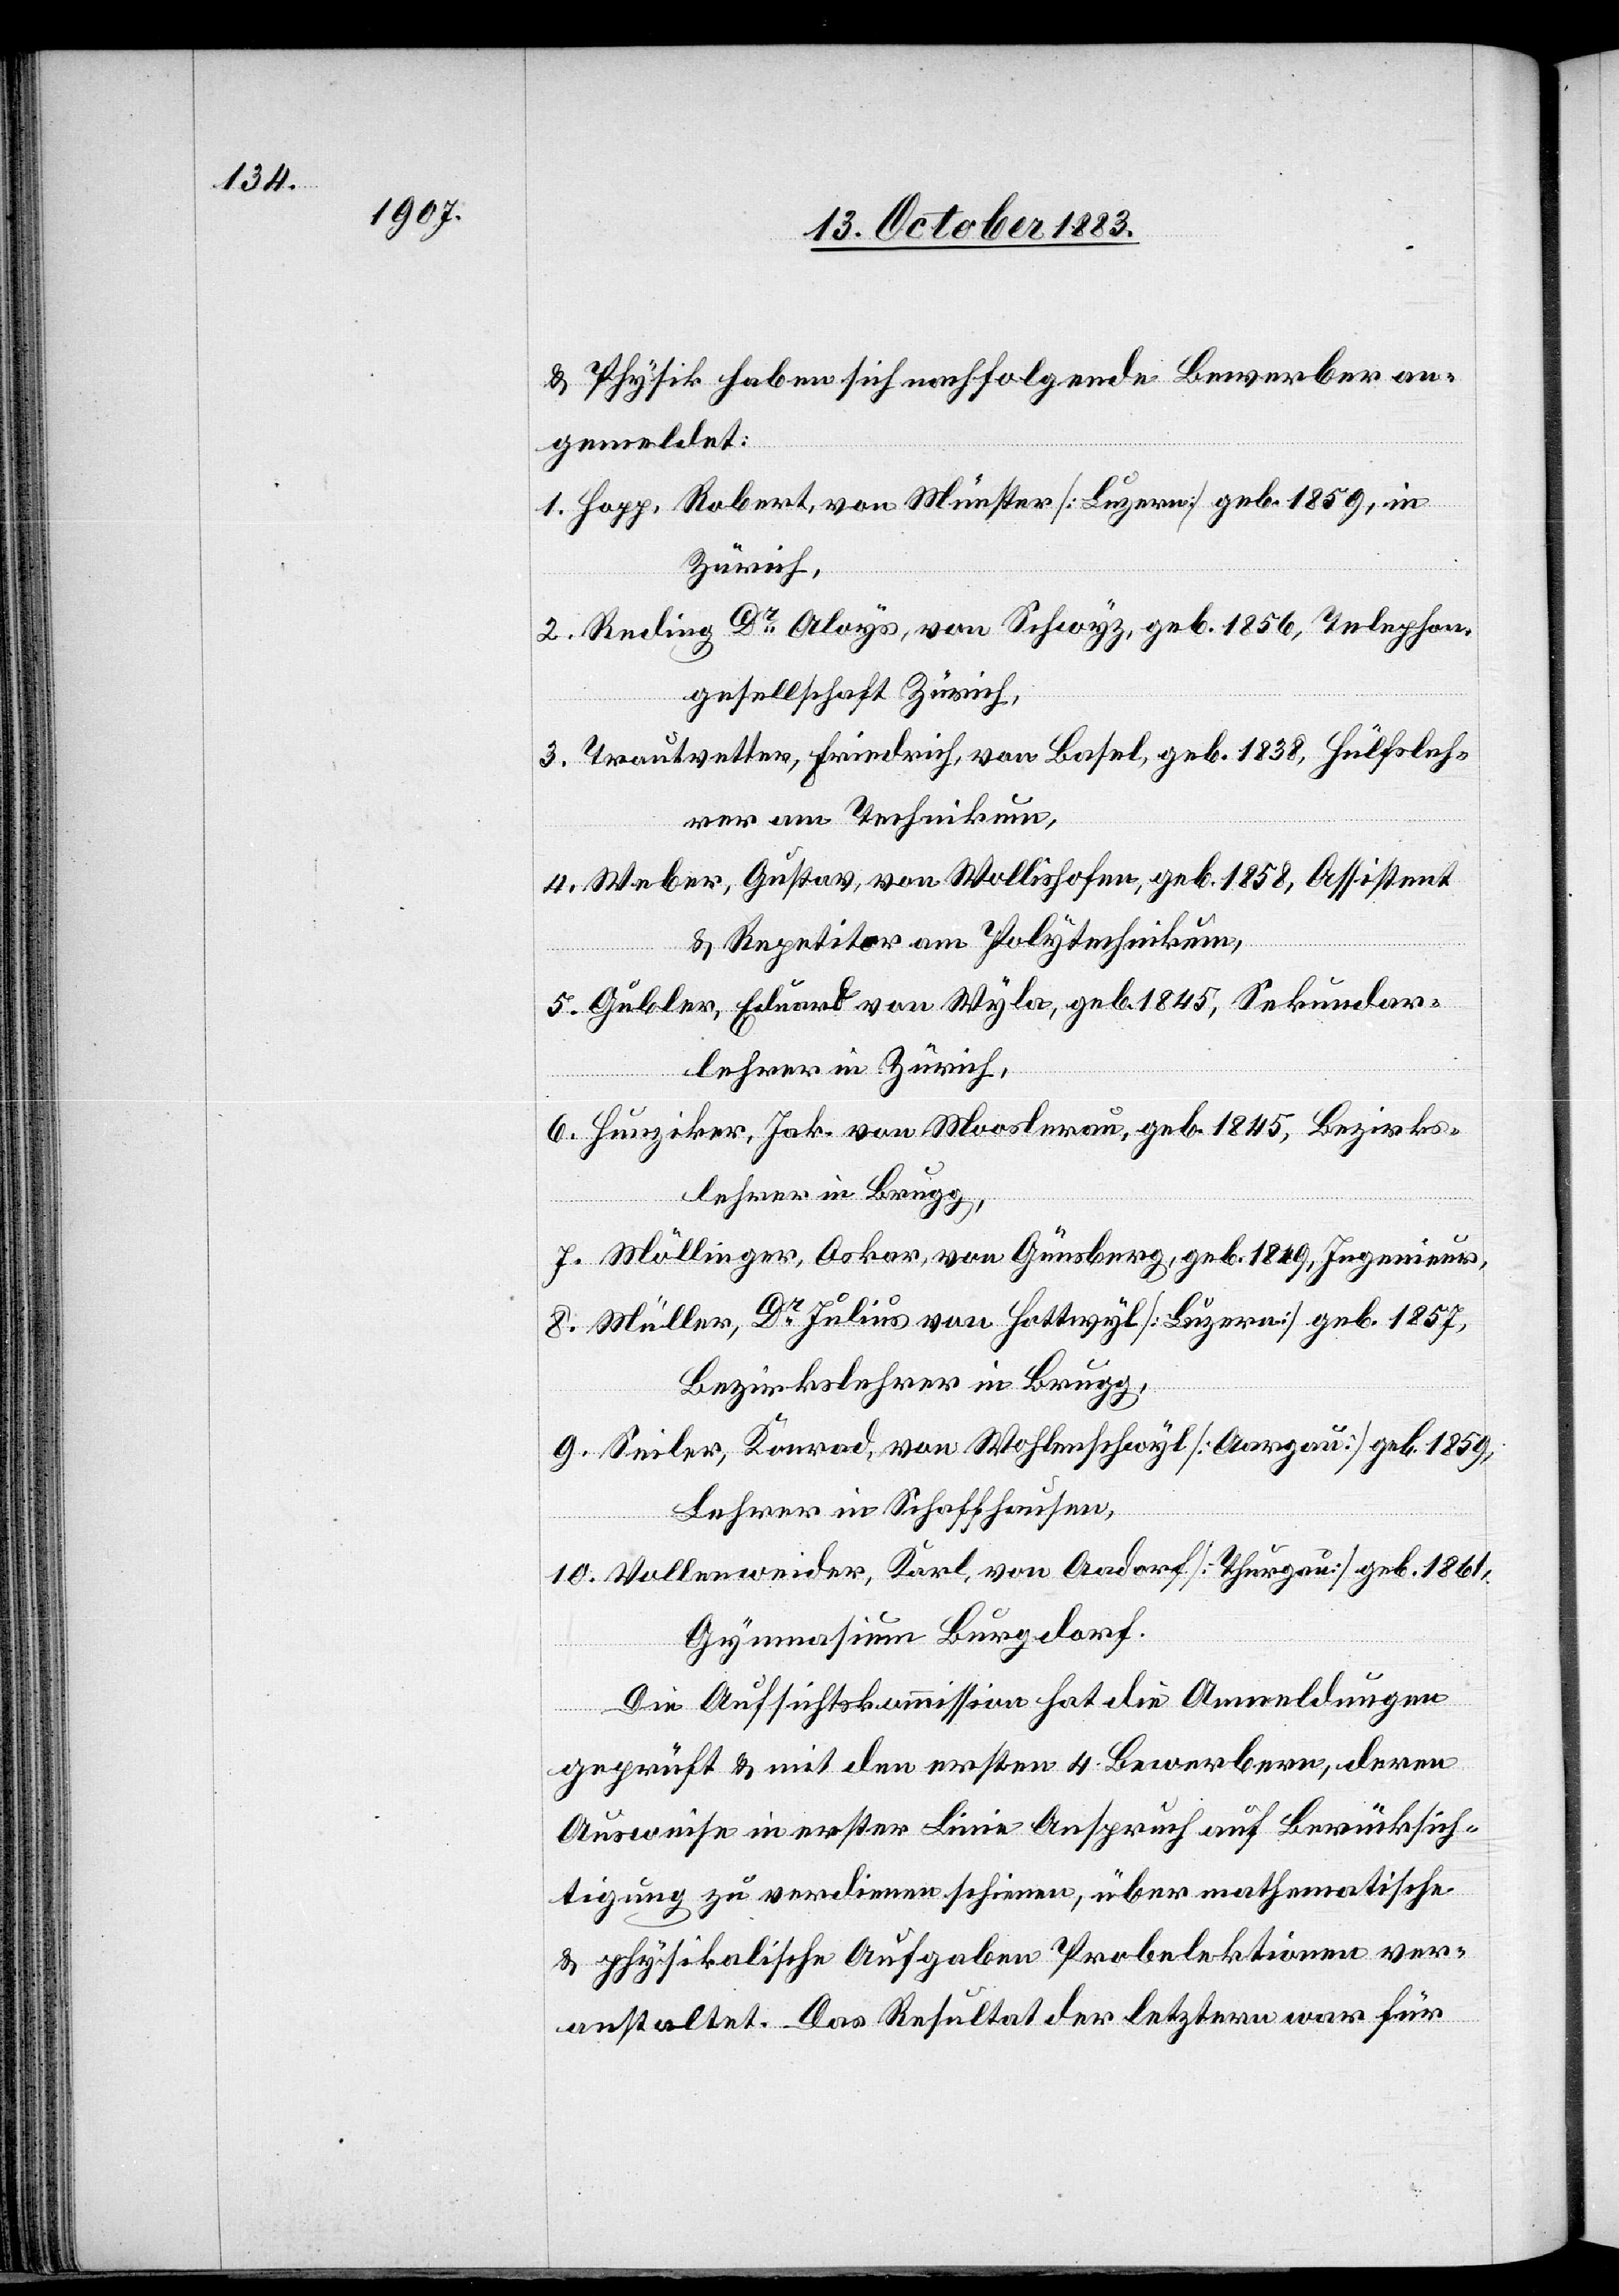
& Physik haben sich nachfolgende Bewerber an¬
gemeldet:
1. Hopp, Robert, von Münster [Luzern] geb. 1859, in
Zürich,
2. Reding Dr Aloys, von Schwyz, geb. 1856, Telephon¬
gesellschaft Zürich,
3. Trautvetter, Friedrich, von Basel, geb. 1838, Hülfsleh¬
rer am Technikum,
4. Weber, Gustav, von Wollishofen, geb. 1858, Assistent
& Repetitor am Polytechnikum,
5. Gubler, Jak. von Mooslerau, geb. 1845, Bezirks¬
lehrer in Brugg,
7. Möllinger, Oskar, von Günsberg, geb. 1849, Ingenieur,
8. Müller, Dr Julius von Hottwyl [Luzern] geb. 1857,
Lehrer in Schaffhausen,
10. Vollenweider, Karl, von Aadorf [Thurgau] geb. 1861,
Gymnasium Burgdorf.
Die Aufsichtskommission hat die Anmeldungen
geprüft & mit den ersten 4 Bewerbern, deren
Ausweise in erster Linie Anspruch auf Berücksich¬
tigung zu verdienen scheinen, über mathematische
& physikalische Aufgaben Probelektionen ver¬
anstaltet. Das Resultat der letztern war für